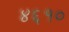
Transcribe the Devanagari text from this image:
४६१०